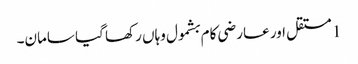
1 مستقل اور عارضی کام بشمول وہاں رکھا گیا سامان۔